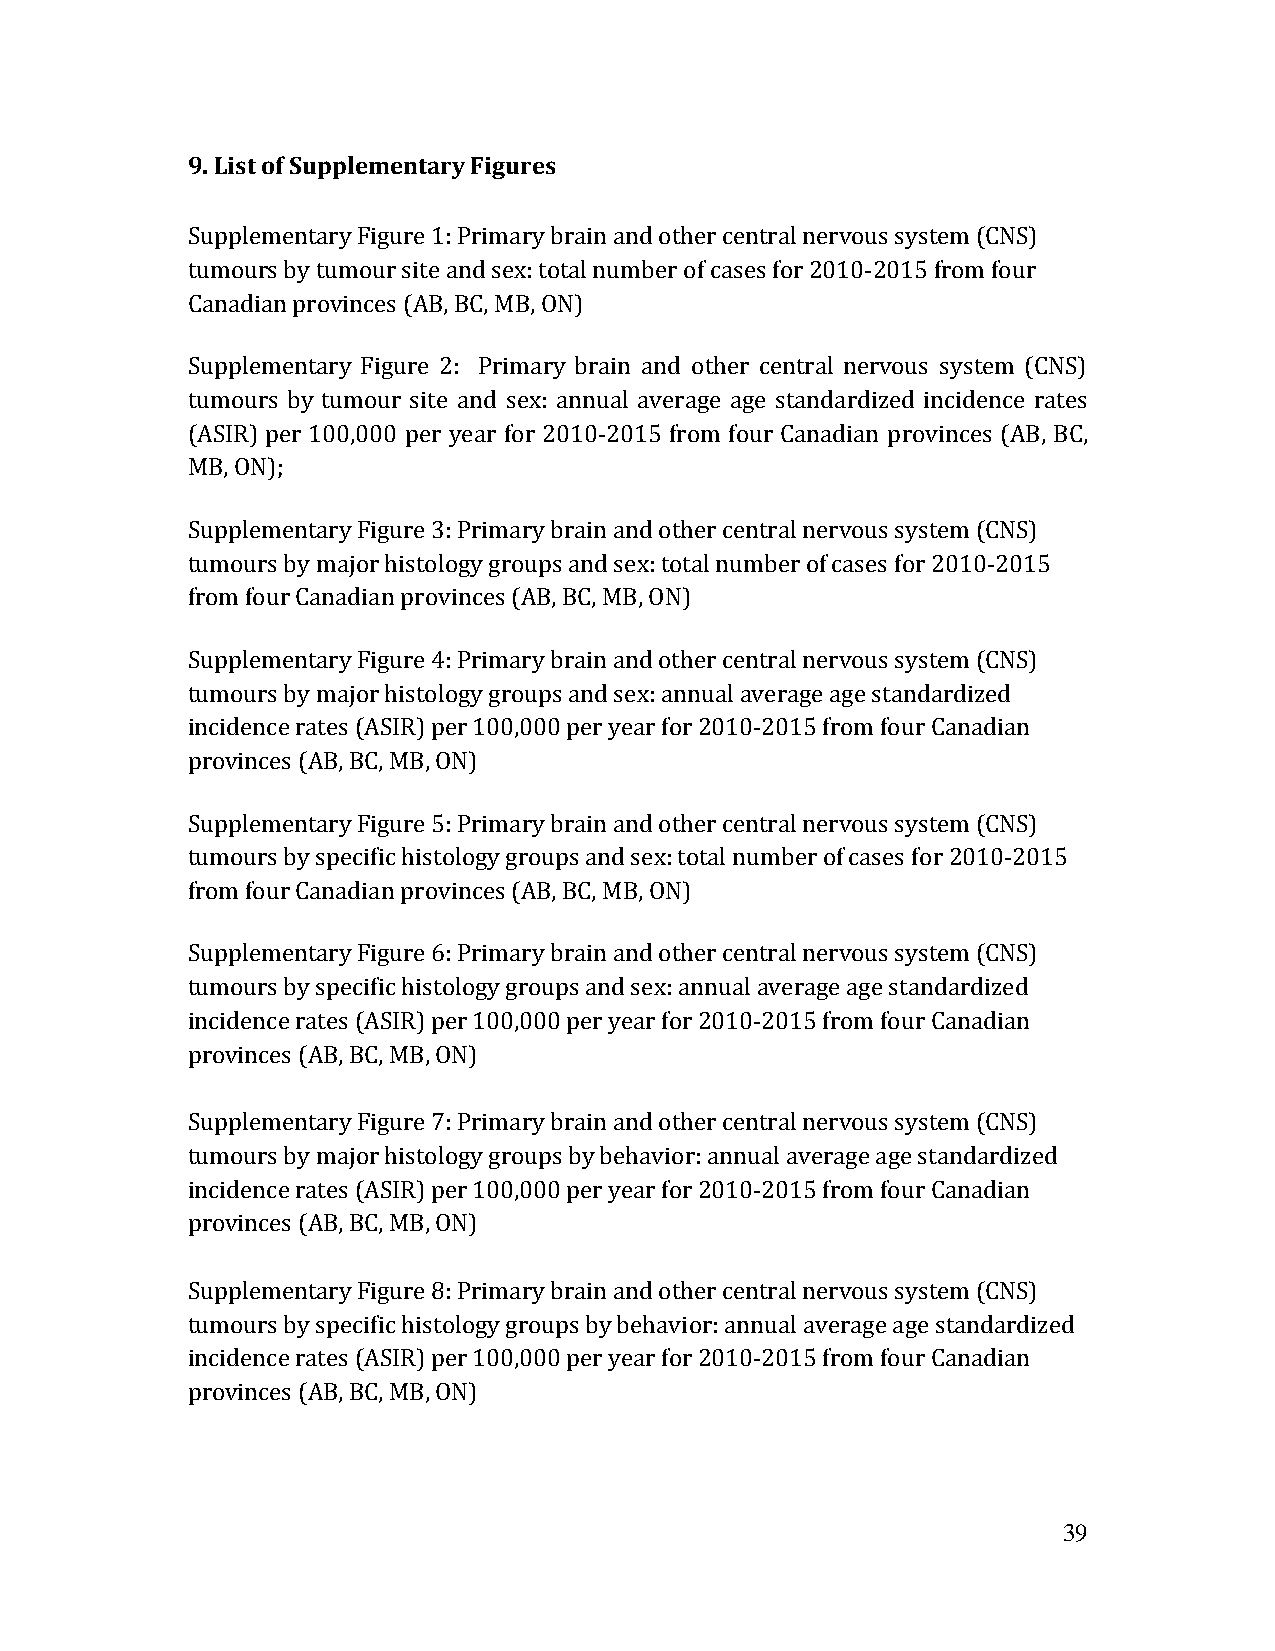
9. List of Supplementary Figures
 Supplementary Figure 1: Primary brain and other central nervous system (CNS)
 tumours by tumour site and sex: total number of cases for 2010-2015 from four
 Canadian provinces (AB, BC, MB, ON)
 Supplementary Figure 2: Primary brain and other central nervous system (CNS)
 tumours by tumour site and sex: annual average age standardized incidence rates
 (ASIR) per 100,000 per year for 2010-2015 from four Canadian provinces (AB, BC,
 MB, ON);
 Supplementary Figure 3: Primary brain and other central nervous system (CNS)
 tumours by major histology groups and sex: total number of cases for 2010-2015
 from four Canadian provinces (AB, BC, MB, ON)
 Supplementary Figure 4: Primary brain and other central nervous system (CNS)
 tumours by major histology groups and sex: annual average age standardized
 incidence rates (ASIR) per 100,000 per year for 2010-2015 from four Canadian
 provinces (AB, BC, MB, ON)
 Supplementary Figure 5: Primary brain and other central nervous system (CNS)
 tumours by specific histology groups and sex: total number of cases for 2010-2015
 from four Canadian provinces (AB, BC, MB, ON)
 Supplementary Figure 6: Primary brain and other central nervous system (CNS)
 tumours by specific histology groups and sex: annual average age standardized
 incidence rates (ASIR) per 100,000 per year for 2010-2015 from four Canadian
 provinces (AB, BC, MB, ON)
 Supplementary Figure 7: Primary brain and other central nervous system (CNS)
 tumours by major histology groups by behavior: annual average age standardized
 incidence rates (ASIR) per 100,000 per year for 2010-2015 from four Canadian
 provinces (AB, BC, MB, ON)
 Supplementary Figure 8: Primary brain and other central nervous system (CNS)
 tumours by specific histology groups by behavior: annual average age standardized
 incidence rates (ASIR) per 100,000 per year for 2010-2015 from four Canadian
 provinces (AB, BC, MB, ON)
 39